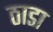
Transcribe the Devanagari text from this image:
ठाडा